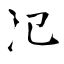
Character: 氾